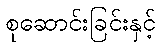
စုဆောင်းခြင်းနှင့်